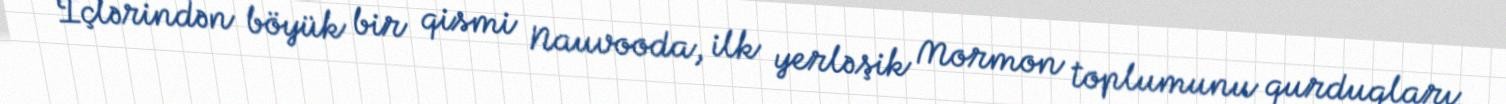
İçlərindən böyük bir qismi Nauvooda, ilk yerləşik Mormon toplumunu qurduqları